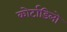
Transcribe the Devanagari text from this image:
कोर्टाडिलो